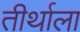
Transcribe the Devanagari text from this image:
तीर्थाला